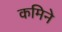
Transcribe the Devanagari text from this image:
कमिने